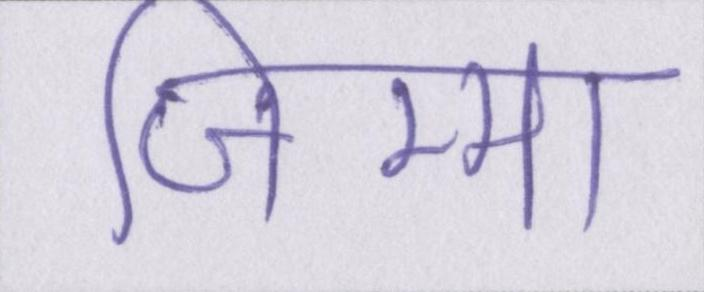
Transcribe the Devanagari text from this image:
जिम्मा